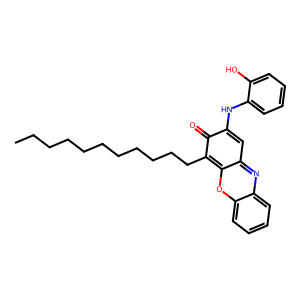
SMILES: CCCCCCCCCCCc1c2oc3ccccc3nc-2cc(Nc2ccccc2O)c1=O
Inhibits HIV replication: No